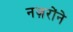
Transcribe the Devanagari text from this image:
नज़रोंने